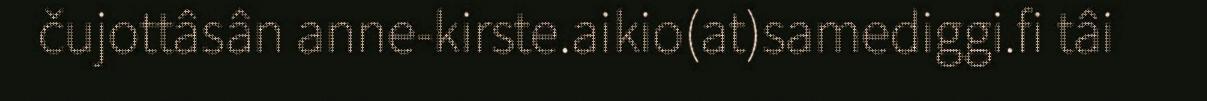
čujottâsân anne-kirste.aikio(at)samediggi.fi tâi